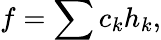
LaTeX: f=\sum c_{k}h_{k},